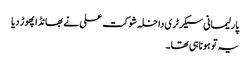
پارلیمانی سیکرٹری داخلہ شوکت علی نے بھانڈا پھوڑ دیا
یہ تو ہونا ہی تھا۔